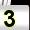
Digit: 3